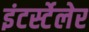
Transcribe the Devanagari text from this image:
इंटर्स्टेलेर